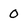
Character: 0